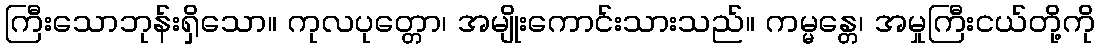
ကြီးသောဘုန်းရှိသော။ ကုလပုတ္တော၊ အမျိုးကောင်းသားသည်။ ကမ္မန္တေ၊ အမှုကြီးငယ်တို့ကို